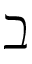
\beth